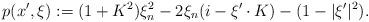
LaTeX: \begin{align*}p(x',\xi) := (1+K^2)\xi_n^2 -2\xi_n(i-\xi'\cdot K) -(1- |\xi'|^2).\end{align*}